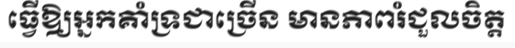
ធ្វើឱ្យអ្នកគាំទ្រជាច្រើន មានភាពរំជួលចិត្ត